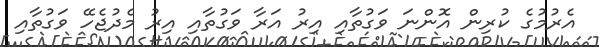
އެރުމުގެ ކުރިން އޮންނަ ވަގުތާއި އިރު އަރާ ވަގުތާއި އިރު މެދުޖެހޭ ވަގުތާއި